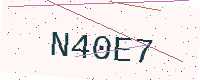
Text: N40E7